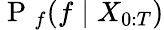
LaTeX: \mathrm{~P~}_{f}(f\mid X_{0:T})